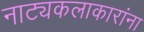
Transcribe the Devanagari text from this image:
नाट्यकलाकारांना